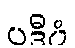
ပဒီပံ